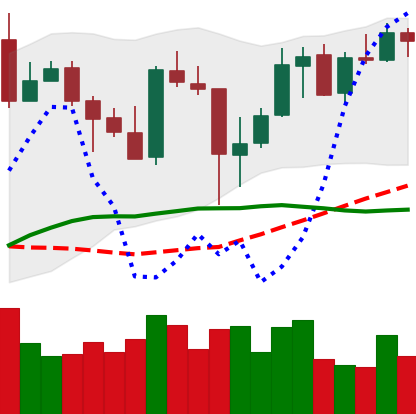
Ticker: XMR-USD
Chart end date: 2020-05-19
Forward return: -7.929%
Label: down_7plus